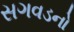
સગવડનો